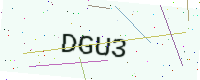
Text: DGU3